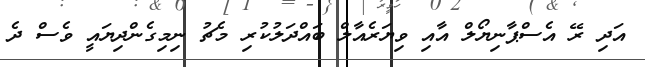
އަދި ރޭ އެސްޕާނިޔޯލް އާއި ވިޔަރެއާލް ބައްދަލުކުރި މެޗު ނިމިގެންދިޔައީ ވެސް ދެ